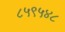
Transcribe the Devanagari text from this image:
८५९५४८